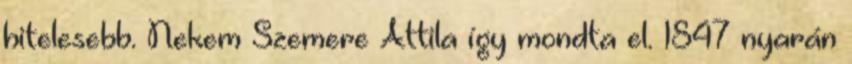
hitelesebb. Nekem Szemere Attila így mondta el. 1847 nyarán